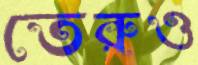
তেরুও